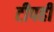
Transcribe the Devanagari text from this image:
टीपही